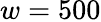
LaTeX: w=500